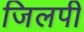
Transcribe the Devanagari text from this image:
जिलपी